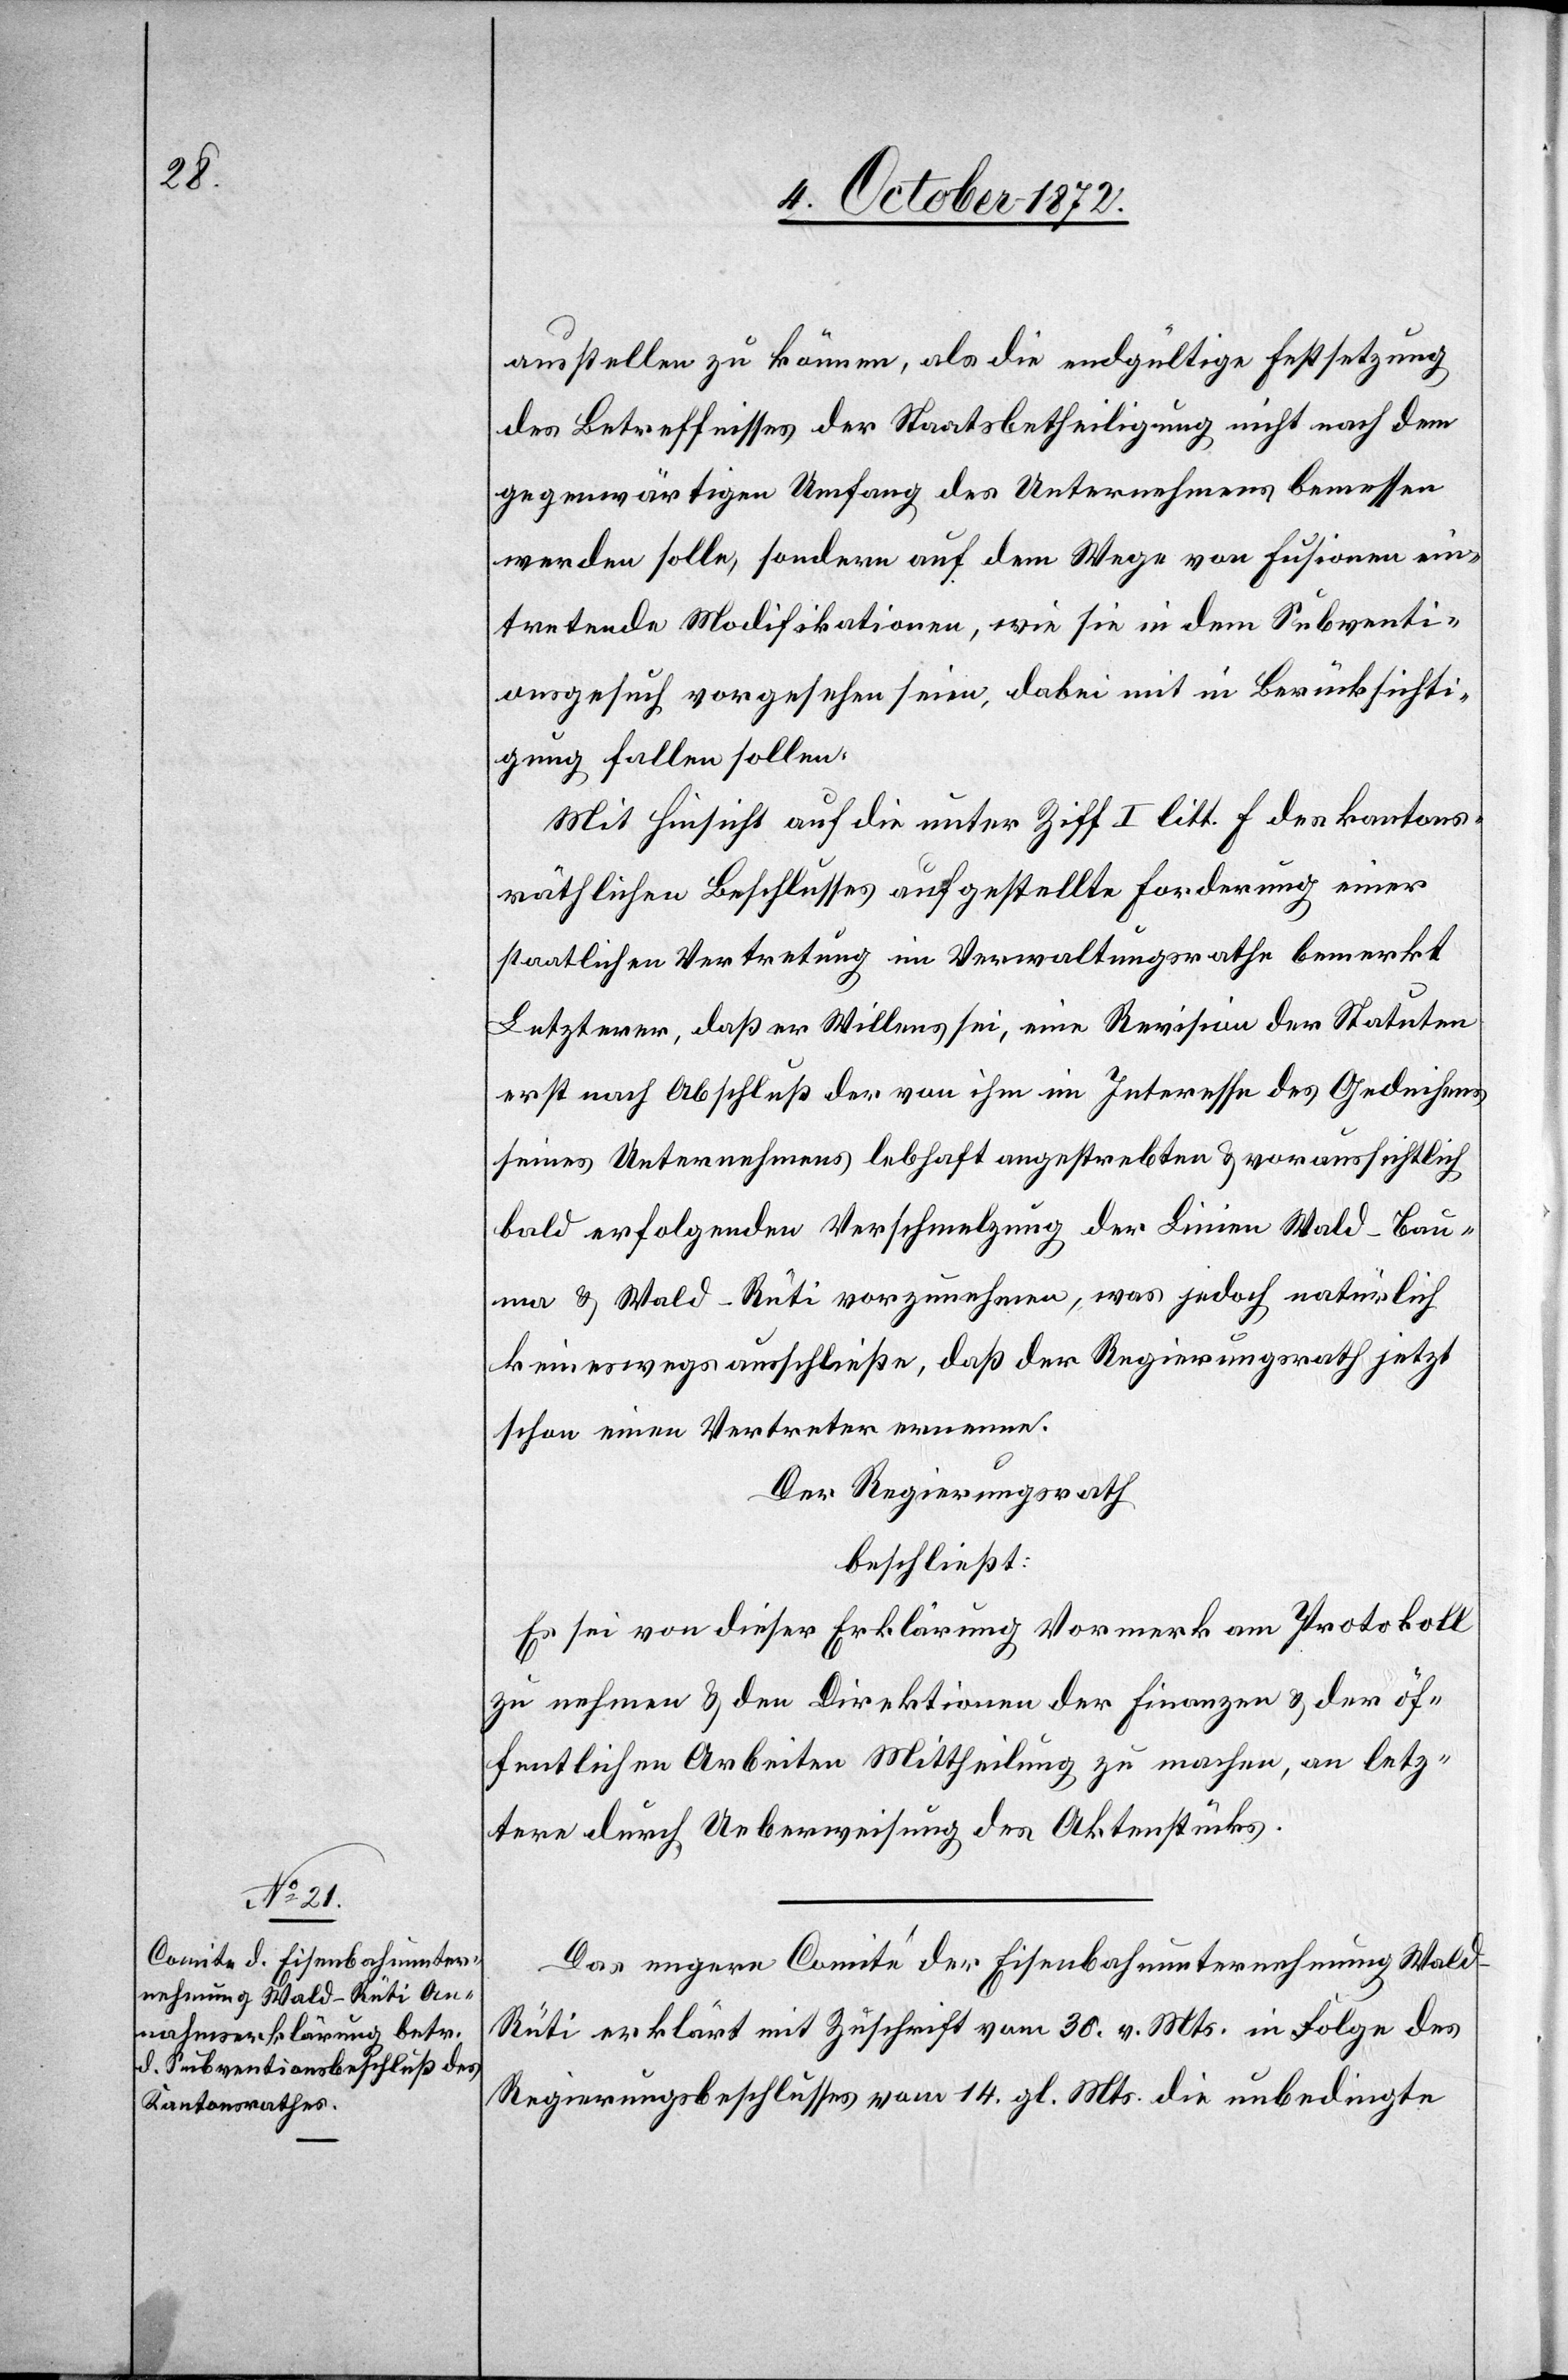
ausstellen zu können, als die endgültige Festsetzung
des Betreffnisses der Staatsbetheiligung nicht nach dem
gegenwärtigen Umfang des Unternehmens bemessen
werden solle, sondern auf dem Wege von Fusionen ein¬
tretende Modifikationen, wie sie in dem Subventi¬
onsgesuch vorgesehen seien, dabei mit in Berücksichti¬
gung fallen sollen.
Mit Hinsicht auf die unter Ziff. I litt. f des kantons¬
räthlichen Beschlusses aufgestellte Forderung einer
staatlichen Vertretung im Verwaltungsrathe bemerkt
Letzterer, daß er Willens sei, eine Revision der Statuten
erst nach Abschluß der von ihm im Interesse des Gedeihens
seines Unternehmens lebhaft angestrebten u. voraussichtlich
bald erfolgenden Verschmelzung der Linien Wald–Bau¬
ma u. Wald–Rüti vorzunehmen, was jedoch natürlich
keineswegs ausschließe, daß der Regierungsrath jetzt
schon einen Vertreter ernenne.
Der Regierungsrath
beschließt:
Es sei von dieser Erklärung Vormerk am Protokoll
zu nehmen u. den Direktionen der Finanzen u. der öf¬
fentlichen Arbeiten Mittheilung zu machen, an letz¬
tere durch Ueberweisung des Aktenstücks.
Das engere Comité der Eisenbahnunternehmung Wal¬
d–Rüti erklärt mit Zuschrift vom 30. v. Mts. in Folge des
Regierungsbeschlusses vom 14. gl. Mts. die unbedingte